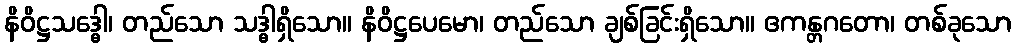
နိဝိဋ္ဌသဒ္ဓေါ၊ တည်သော သဒ္ဓါရှိသော။ နိဝိဋ္ဌပေမော၊ တည်သော ချစ်ခြင်းရှိသော။ ဧကန္တဂတော၊ တစ်ခုသော